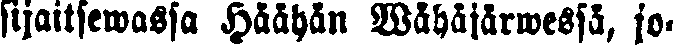
sijaitsewassa Häähän Wähäjärwessä, jo-